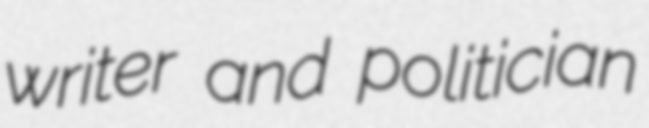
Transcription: writer and politician